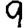
Digit: 9